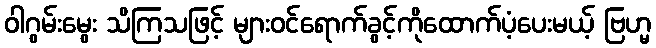
ဝါဂွမ်းမွေး သိကြသဖြင့် များဝင်ရောက်ခွင့်ကိုထောက်ပံ့ပေးမယ့် ဗြဟ္မ